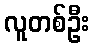
လူတစ်ဦး